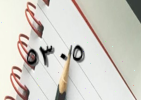
٥٣٠٥